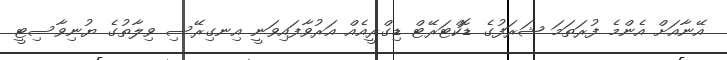
އޭނާއަށް އެންމެ ފުރަތަމަ ޝަރަފުގެ ޑޮކްޓަރޭޓް ޑިގްރީއެއް އަރުވާފައިވަނީ އިނގިރޭސި ވިލާތުގެ ޔުނިވާސިޓީ